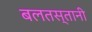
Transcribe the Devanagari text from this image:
बलतस्तानी